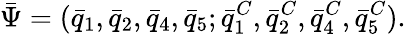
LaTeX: {\bar{\Psi}}=({\bar{q}}_{1},{\bar{q}}_{2},{\bar{q}}_{4},{\bar{q}}_{5};{\bar{q}}_{1}^{C},{\bar{q}}_{2}^{C},{\bar{q}}_{4}^{C},{\bar{q}}_{5}^{C}).